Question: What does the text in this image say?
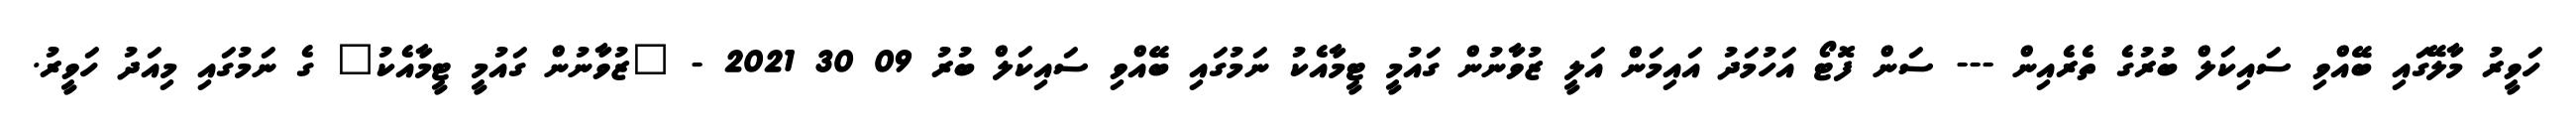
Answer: ހަވީރު މާލޭގައި ބޭއްވި ސައިކަލް ބުރުގެ ތެރެއިން --- ސަން ފޮޓޯ އަހުމަދު އައިމަން އަލީ ޒުވާނުން ގައުމީ ޓީމާއެކު ނަމުގައި ބޭއްވި ސައިކަލް ބުރު 09 30 2021 - "ޒުވާނުން ގައުމީ ޓީމާއެކު" ގެ ނަމުގައި މިއަދު ހަވީރު.